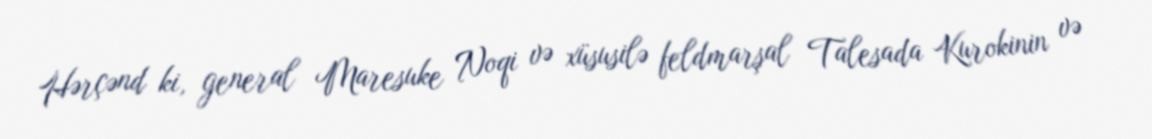
Hərçənd ki, general Maresuke Noqi və xüsusilə feldmarşal Talesada Kurokinin və